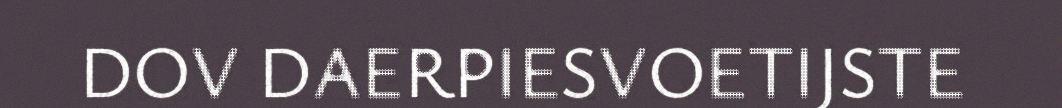
DOV DAERPIESVOETIJSTE